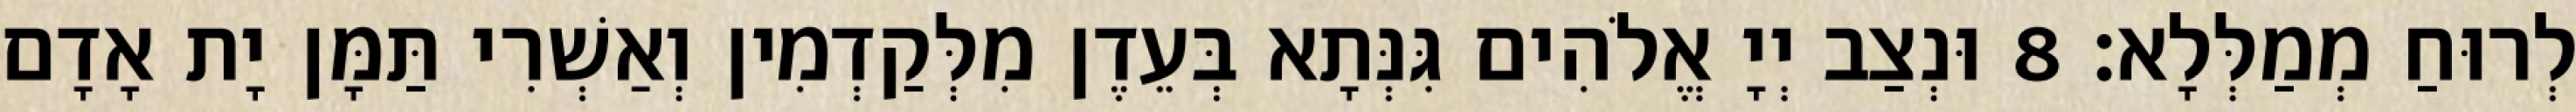
לְרוּחַ מְמַלְּלָא׃ 8 וּנְצַב יְיָ אֱלֹהִים גִּנְּתָא בְּעֵדֶן מִלְּקַדְמִין וְאַשְׁרִי תַּמָּן יָת אָדָם